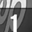
Digit: 1